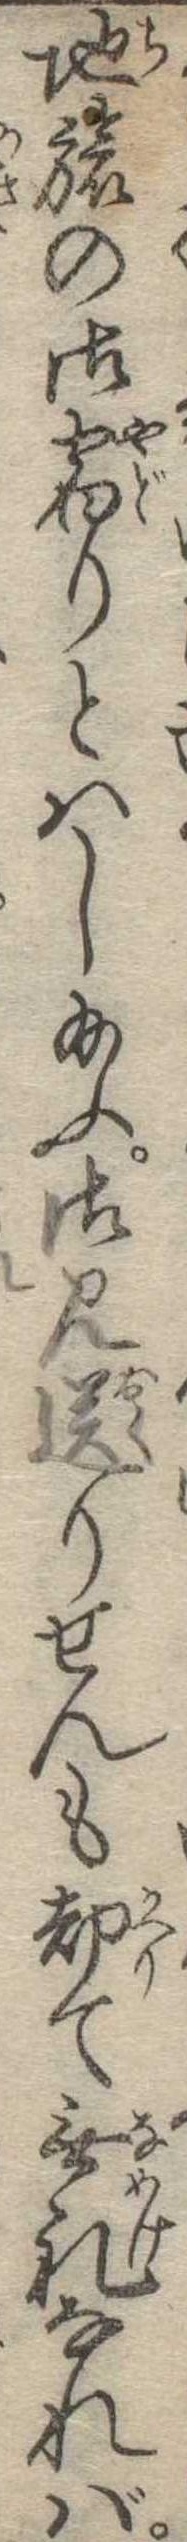
地旅の御宿りとはし給ふ御見送りせんも却て無礼なれば